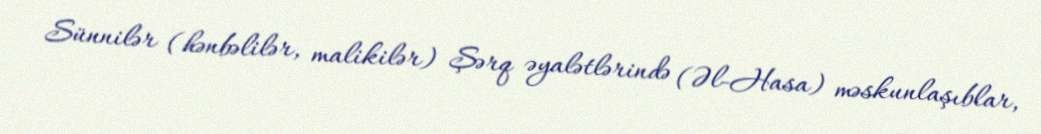
Sünnilər (hənbəlilər, malikilər) Şərq əyalətlərində (Əl-Hasa) məskunlaşıblar,